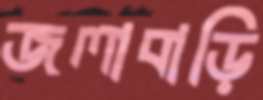
জলাবাড়ি